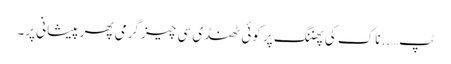
ٹپ…..ناک کی پھننگ پر کوئی ٹھنڈی سی چیز گرمی پھر پیشانی پر۔